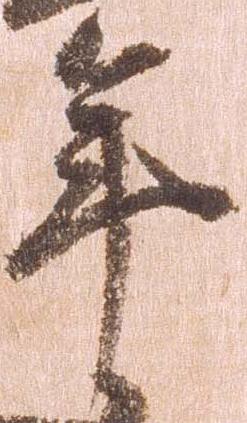
年